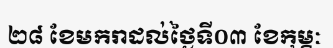
២៨ ខែមករាដល់ថ្ងៃទី០៣ ខែកុម្ភៈ